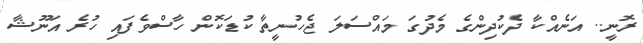
ރޮނީ.. އަނެއްކާ ދެކުދިންގެ މެދުގަ މައްސަލަ ޖެހުނީތާ ކުޑަކޮން ހާސްވެފައި ހުރެ އަނޫޝާ